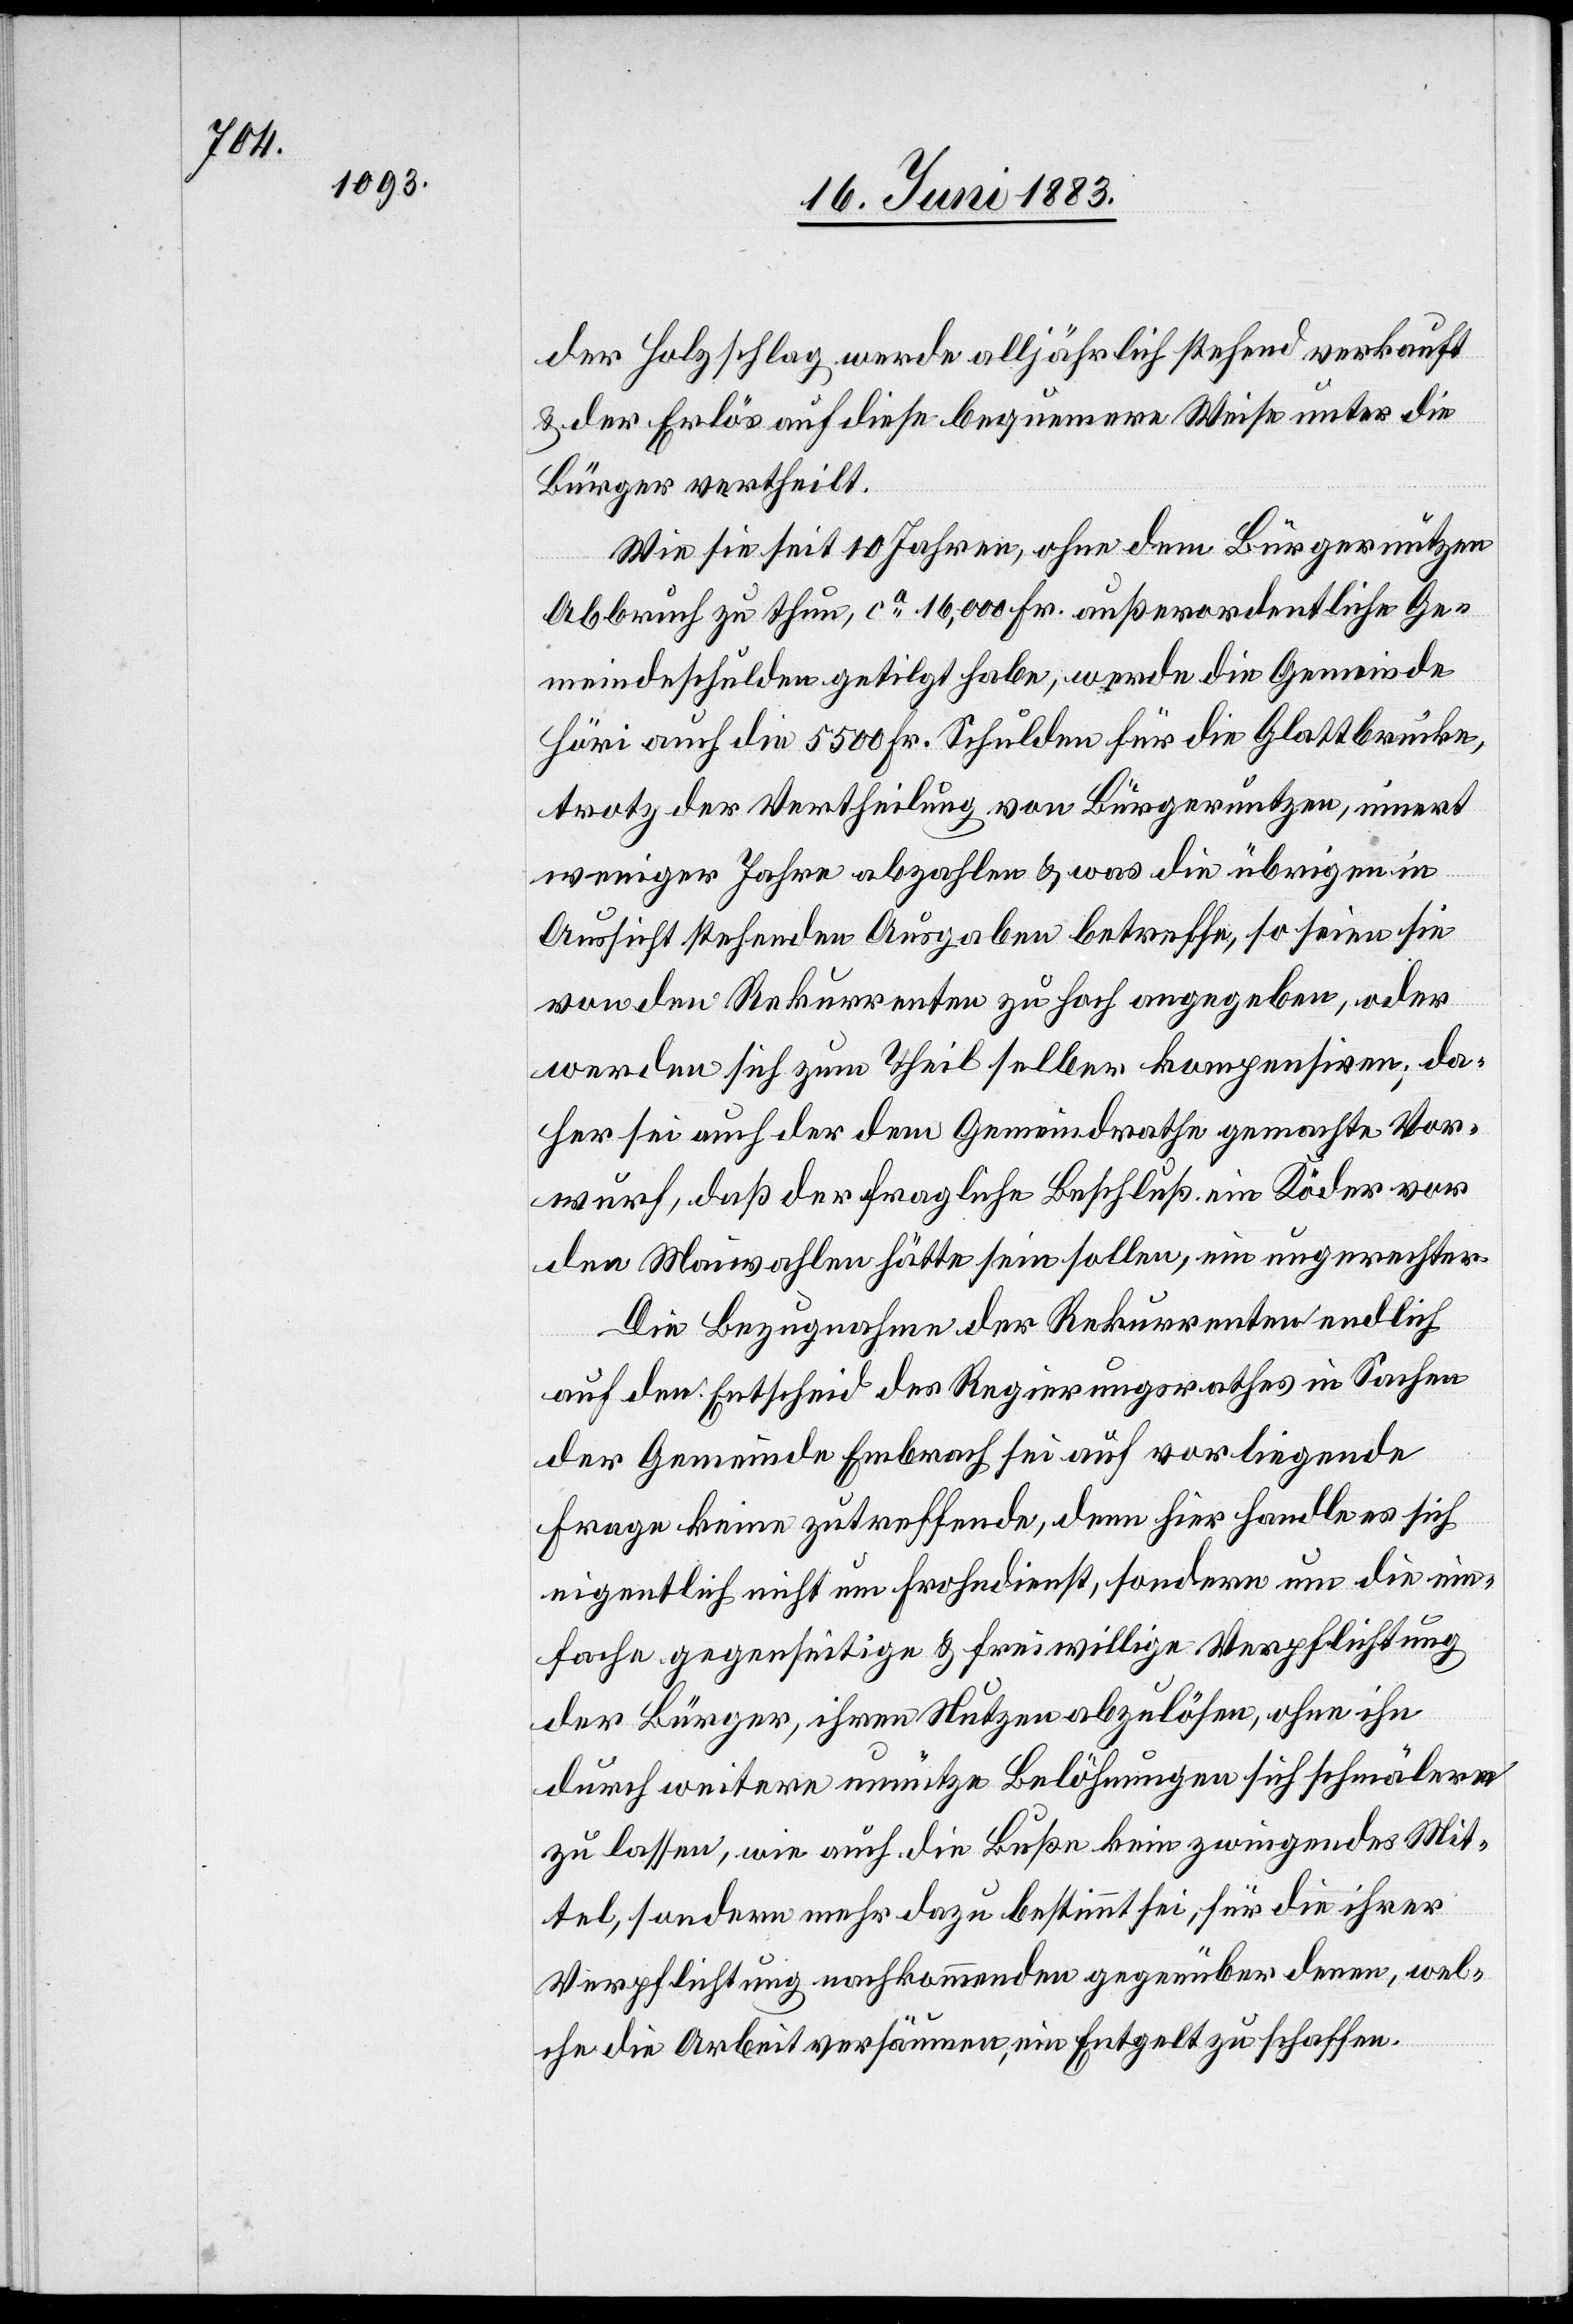
der Holzschlag, werde alljährlich stehend verkauft
& der Erlös auf diese bequemere Weise unter die
Bürger vertheilt.
Wie sie seit 10 Jahren, ohne dem Bürgernutzen
Abbruch zu thun, ca 16,000 Fr. außerordentliche Ge¬
meindeschulden getilgt habe, werde die Gemeinde
Höri auch die 5500 Fr. Schulden für die Glattbrücke,
trotz der Vertheilung von Bürgernutzen, innert
weniger Jahre abzahlen & was die übrigen in
Aussicht stehenden Ausgaben betreffe, so seien sie
von den Rekurrenten zu hoch angegeben, oder
werden sich zum Theil selber kompensiren; da¬
her sei auch der dem Gemeindrathe gemachte Vor¬
wurf, daß der fragliche Beschluß ein Köder vor
den Maiwahlen hätte sein sollen, ein ungerechter.
Die Bezugnahme der Rekurrenten endlich
auf den Entscheid des Regierungsrathes in Sachen
der Gemeinde Embrach sei auf vorliegende
Frage keine zutreffende, denn hier handle es sich
eigentlich nicht um Frohndienst, sondern um die ein¬
fache gegenseitige & freiwillige Verpflichtung
der Bürger, ihren Nutzen abzulösen, ohne ihn
durch weitere unnütze Belöhnungen sich schmälern
zu lassen, wie auch die Buße kein zwingendes Mit¬
tel, sondern mehr dazu bestimmt sei, für die ihrer
Verpflichtung nachkommenden gegenüber denen, wel¬
che die Arbeit versäumen, ein Entgelt zu schaffen.